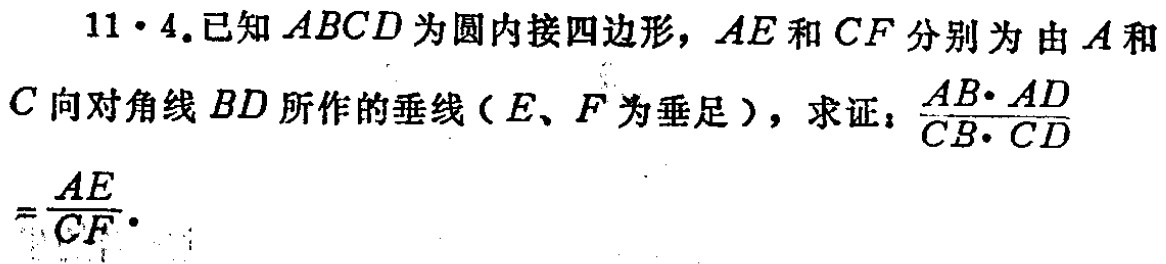
11·4.已知\(ABCD\)为圆内接四边形，\(AE\)和\(CF\)分别为由\(A\)和\(C\)向对角线\(BD\)所作的垂线（\(E\)、\(F\)为垂足），求证：\(\frac{AB\cdot AD}{CB\cdot CD}=\frac{AE}{CF}\)。